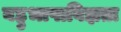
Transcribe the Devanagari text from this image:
बहुभाषाविज्ञता